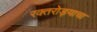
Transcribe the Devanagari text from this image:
रक्तरोड्याचा